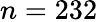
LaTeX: n=232